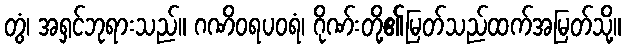
တွံ၊ အရှင်ဘုရားသည်။ ဂဏိဝရပဝရံ၊ ဂိုဏ်းတို့၏မြတ်သည်ထက်အမြတ်သို့။